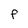
Character: f